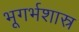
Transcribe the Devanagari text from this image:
भूगर्भशास्र